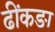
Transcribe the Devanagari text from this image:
ढींकङा